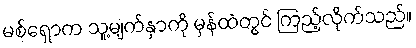
မစ်ရှောက သူ့မျက်နှာကို မှန်ထဲတွင် ကြည့်လိုက်သည်။